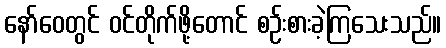
နော်ဝေတွင် ဝင်တိုက်ဖို့တောင် စဉ်းစားခဲ့ကြသေးသည်။